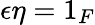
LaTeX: \epsilon\eta=1_{F}